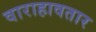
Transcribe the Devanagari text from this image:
वाराहावतार